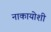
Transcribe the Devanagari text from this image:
नाकायोशी